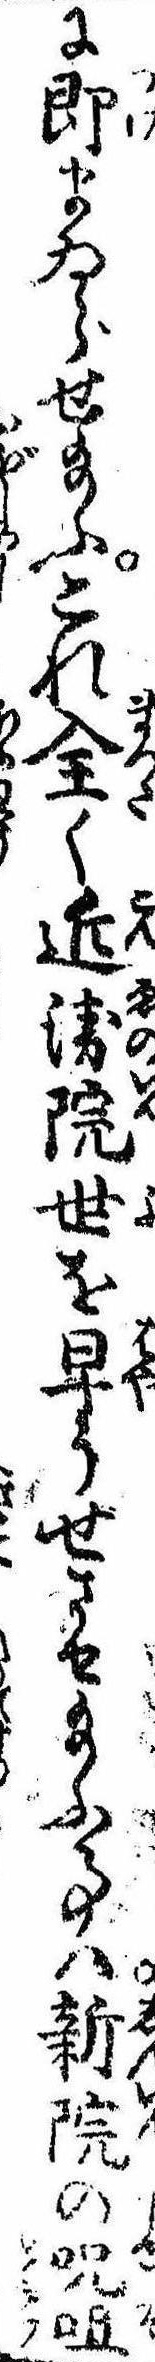
に即まゐらせ給ふこれ全く近衛院世を早うせさせ給ふ事は新院の呪咀